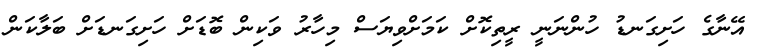
އޭނާގެ ހަށިގަނޑު ހުންނަނީ ރީތިކޮށް ކަމަށްވިޔަސް މިހާރު ވަކިން ބޮޑަށް ހަށިގަނޑަށް ބަލާކަން